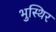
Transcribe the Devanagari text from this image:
भुस्थिर